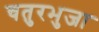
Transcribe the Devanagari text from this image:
चतुरभुजा